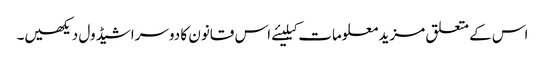
اس کے متعلق مزید معلومات کیلیئے اس قانون کا دوسراشیڈول دیکھیں۔